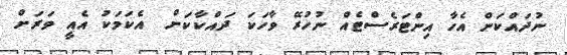
ނުދައްކަން އެހާ އިންޓަރެސްޓެއް ނުހުރޭ ވާހަކަ ދައްކާކަށް  އެކަމަކު އެއީ ވަރަށް